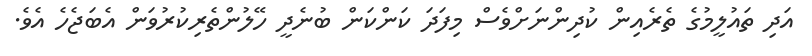
އަދި ތައުލީމުގެ ތެރެއިން ކުދިންނަށްވެސް މިފަދަ ކަންކަން ބުނެދީ ހޭލުންތެރިކުުރުވަން އެބަޖެހެ އެވެ.